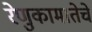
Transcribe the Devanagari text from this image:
रेणुकामातेचे